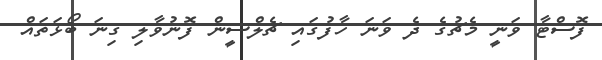
ފޮސްޓާ ވަނީ މެޗުގެ ދެ ވަަނަ ހާފުގައި ޗެލްސީން ފޮނުވާލި ގިނަ ބޯޅަތައް